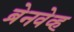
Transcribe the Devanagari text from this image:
ब्रेनवेव्ह